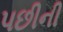
પછીની